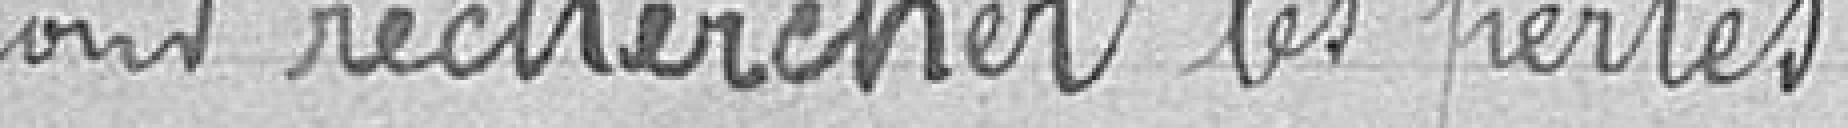
Pour rechercher les pertes